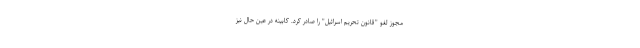
مجوز لغو "قانون تحریم اسرائیل" را صادر کرد. کابینه در عین حال نیز